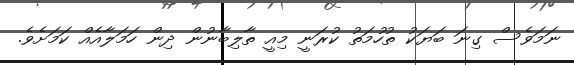
ނަމަވެސް ގިނަ ބަޔަކު ތުހުމަތު ކުރަނީ މިއީ ތާލިބާނުން ދިން ހަމަލާއެއް ކަމަށެވެ.